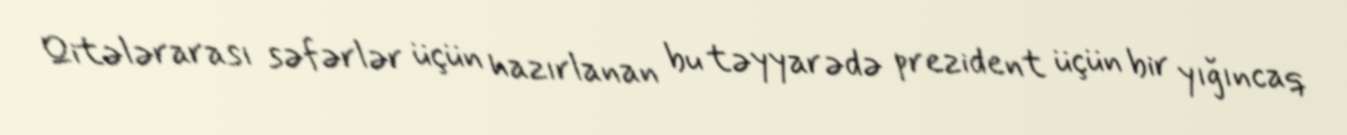
Qitələrarası səfərlər üçün hazırlanan bu təyyarədə prezident üçün bir yığıncaq